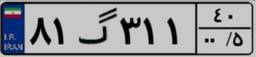
۸۱گ۳۱۱۴۰